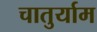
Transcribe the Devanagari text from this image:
चातुर्याम